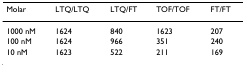
<table><thead><tr><td><b>Molar</b></td><td><b>LTQ/LTQ</b></td><td><b>LTQ/FT</b></td><td><b>TOF/TOF</b></td><td><b>FT/FT</b></td></tr></thead><tbody><tr><td>1000 nM</td><td>1624</td><td>840</td><td>1623</td><td>207</td></tr><tr><td>100 nM</td><td>1624</td><td>966</td><td>351</td><td>240</td></tr><tr><td>10 nM</td><td>1623</td><td>522</td><td>211</td><td>169</td></tr></tbody></table>